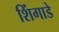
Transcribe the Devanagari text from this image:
शिंगाडे